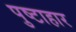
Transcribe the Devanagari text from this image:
पुष्टाहार